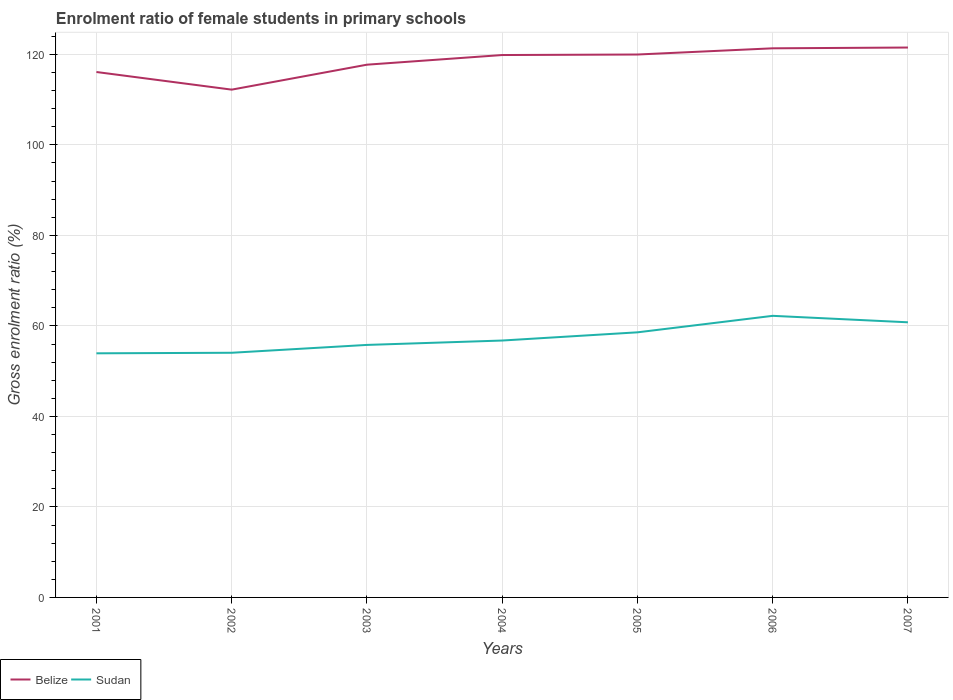
| Years | Belize | Sudan |
 | --- | --- | --- |
 | 2001 | 116 | 53.9 |
 | 2002 | 112 | 54.1 |
 | 2003 | 118 | 55.8 |
 | 2004 | 120 | 56.8 |
 | 2005 | 120 | 58.6 |
 | 2006 | 121 | 62.2 |
 | 2007 | 122 | 60.8 |